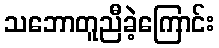
သဘောတူညီခဲ့ကြောင်း